Report on the bubonic plague in Bombay, 1896-1897
Year: 1896
Disease focus: Plague
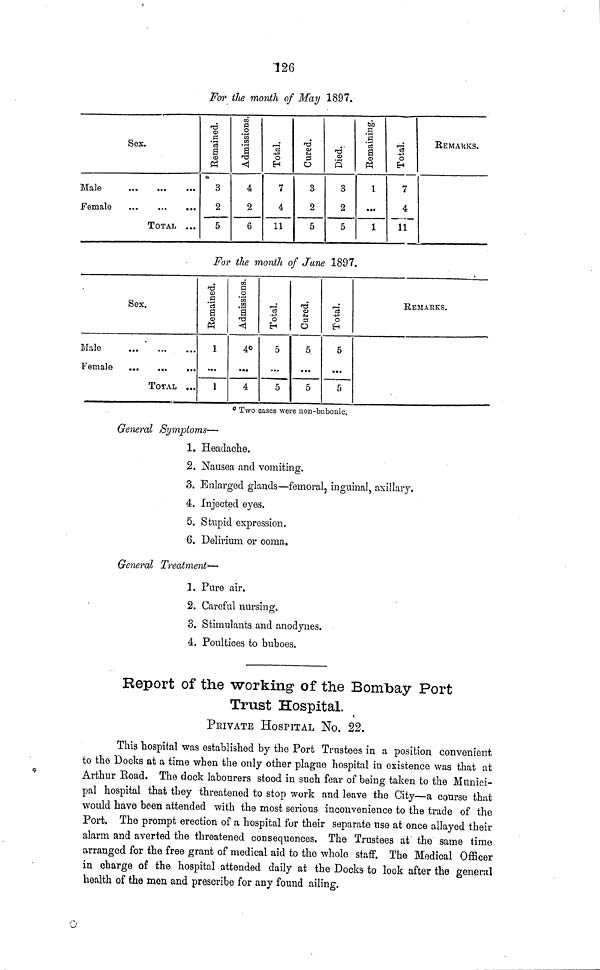
126
For the month of May 1897.
Sex.
Male ...
Female ...
...
...
TOTAL
...
...
...
Remained.
3
2
5
Admisssions.
4
2
6
Total.
7
4
11
Cured.
3
2
5
Died.
3
2
5
Remaining.
1
...
1
Total.
7
4
11
REMARKS.
For the month of June 1897.
Sex.
Male
...
Female ...
...
...
TOTAL
...
...
. . .
Remained
1
...
1
Admissions.
4
...
4
Total.
5
...
5
Cured.
5
...
5
Total.
5
...
5
REMARKS.
0 Two cases were non-bubonic.
General Symptoms—
1. Headache.
2. Nausea and vomiting.
3. Enlarged glands—femoral, inguinal, axillary.
4. Injected eyes.
5. Stupid expression.
6. Delirium or coma.
General Treatment—
3. Pure air.
2. Careful nursing.
3. Stimulants and anodynes.
4. Foultioes to buboes.
Report of the working of the Bombay Port
Trust Hospital.
PEIVATE HOSPITAL NO. 22.
This hospital was established by the Port Trustees in a position convenient
to the Docks at a time when the only other plague hospital in existence was that at
Arthur Road. The dock labourers stood in such fear of being taken to the Munici-
pal hospital that they threatened to stop work and leave the City—a course that
would have been attended with the most serious inconvenience to the trade of the
Port. The prompt erection of a hospital for their separate use at once allayed their
alarm and averted the threatened consequences. The Trustees at the same time
arranged for the free grant of medical aid to the whole staff. The Medical Officer
in charge of the hospital attended daily at the Docks to look after the general
health of the men and prescribe for any found ailing.